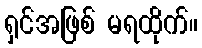
ရှင်အဖြစ် မရထိုက်။